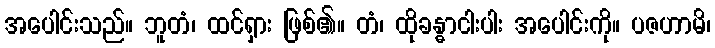
အပေါင်းသည်။ ဘူတံ၊ ထင်ရှား ဖြစ်၏။ တံ၊ ထိုခန္ဓာငါးပါး အပေါင်းကို။ ပဇဟာမိ၊